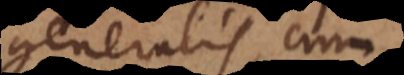
generalis, cum